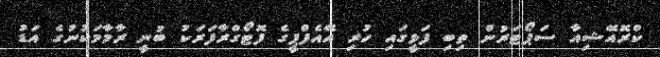
ކްރޮއޭޝިއާ ސަޕޯޓަރުން ތިބި ފަޅީގައި ހުރި އޭއެފްޕީގެ ފޮޓޯގްރާފަރަކު ބުނީ ރާމާމަކުނުގެ އަޑު